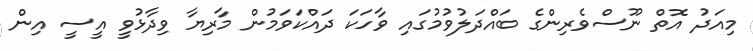
މިއަދު އޮތް ނޫސްވެރިންގެ ބައްދަލުވުމުގައި ވާހަކަ ދައްކަވަމުން މާރިޔާ ވިދާޅުވީ އީސީ އިން